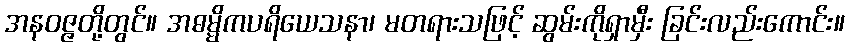
အနဝဇ္ဇတို့တွင်။ အဓမ္မိကပရိယေသနာ၊ မတရားသဖြင့် ဆွမ်းကိုရှာမှီး ခြင်းလည်းကောင်း။